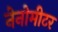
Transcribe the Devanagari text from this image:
नेनोमीटर